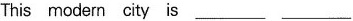
This modern city is___ ___